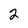
Character: 2